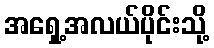
အရှေ့အလယ်ပိုင်းသို့